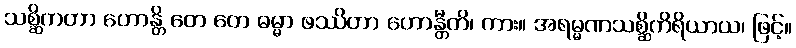
သစ္ဆိကတာ ဟောန္တိ တေ တေ ဓမ္မာ ဖဿိတာ ဟောန္တီတိ၊ ကား။ အရမ္မဏသစ္ဆိကိရိယာယ၊ ဖြင့်။